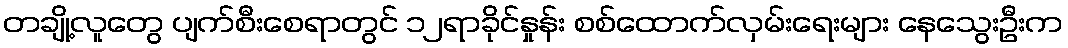
တချို့လူတွေ ပျက်စီးစေရာတွင် ၁၂ရာခိုင်နှုန်း စစ်ထောက်လှမ်းရေးများ နေသွေးဦးက